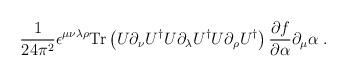
LaTeX: \begin{align*}\frac{1}{24 \pi^2} \epsilon^{\mu \nu\lambda\rho} \mbox{Tr} \left( U\partial_\nu U^{\dagger} U\partial_\lambda U^{\dagger} U\partial_\rho U^{\dagger} \right)\frac{\partial f}{\partial \alpha}\partial_\mu\alpha\;.\end{align*}